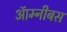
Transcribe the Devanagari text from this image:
ऑम्नीबस